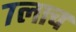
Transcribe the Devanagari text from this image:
७लाच